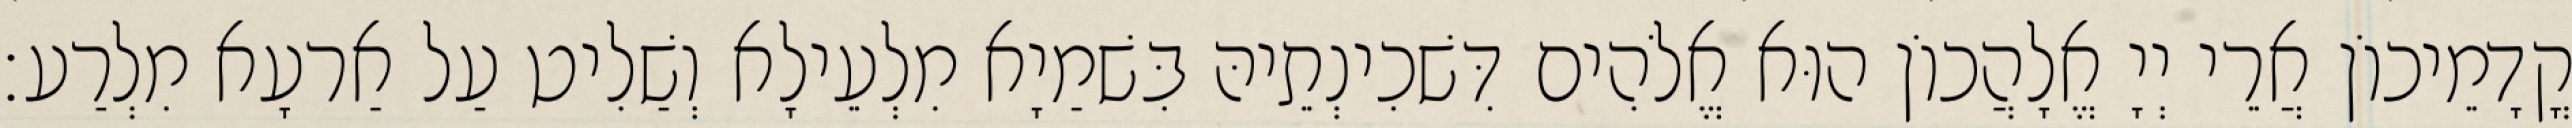
קֳדָמֵיכוֹן אֲרֵי יְיָ אֱלָהֲכוֹן הוּא אֱלֹהִים דִּשׁכִינְתֵיהּ בִּשׁמַיָא מִלְעֵילָא וְשַׁלִיט עַל אַרעָא מִלְרַע׃